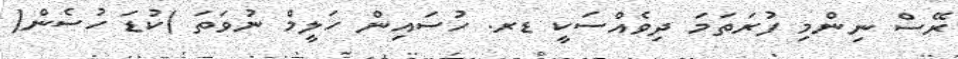
ރޭސް ނިންމި ފުރަތަމަ ދިވެއްސަކީ ޑރ. ހުސައިން ހަލީމް ނުވަތަ )ކުޑަ ހުސެން(